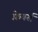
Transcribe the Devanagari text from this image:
फ़ेयर्स